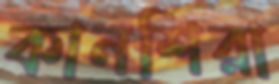
কানশিরা